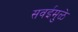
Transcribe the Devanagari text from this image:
सवईमुळे